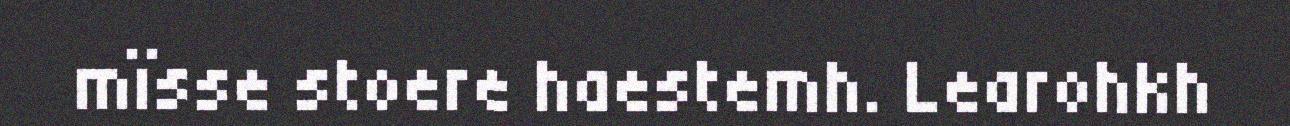
mïsse stoere haestemh. Learohkh